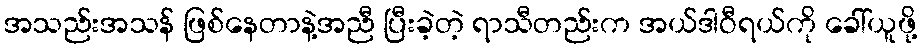
အသည်းအသန် ဖြစ်နေတာနဲ့အညီ ပြီးခဲ့တဲ့ ရာသီတည်းက အယ်ဒါဝီရယ်ကို ခေါ်ယူဖို့